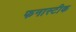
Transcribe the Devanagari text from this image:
फनास्टीक